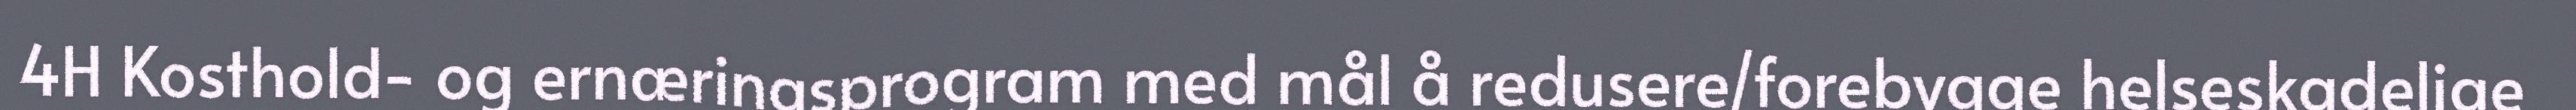
4H Kosthold- og ernæringsprogram med mål å redusere/forebygge helseskadelige